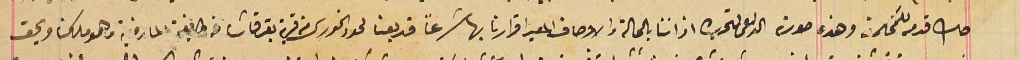
صك قدم للمحكمة وهذه صورة الداعى لتحريره اقر اننا بالحالة والاوصاف المعبر اقرارنا بها شرعاً قد بعنا لحود الخورى من قرية بقرقاشا من طايفة المارونية وهو ملكنا ويحق